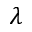
\lambda